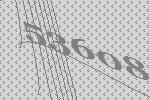
53608